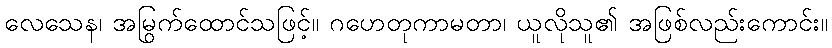
လေသေန၊ အမြွက်ထောင်သဖြင့်။ ဂဟေတုကာမတာ၊ ယူလိုသူ၏ အဖြစ်လည်းကောင်း။